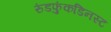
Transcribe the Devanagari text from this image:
रुंडफुंकडिनस्ट